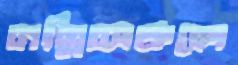
নম্নিঅঞ্চলে